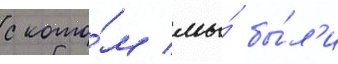
с кото́м мы́ бы́л'и